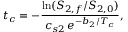
t _ { c } = - \frac { \ln ( S _ { 2 , f } / S _ { 2 , 0 } ) } { c _ { s 2 } \, e ^ { - b _ { 2 } / T _ { c } } } ,